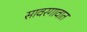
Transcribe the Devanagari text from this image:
सावरगावात